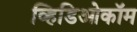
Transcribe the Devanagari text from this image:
व्हिडिओकॉम